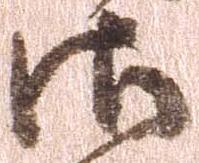
御